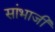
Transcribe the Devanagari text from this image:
सांभाजी